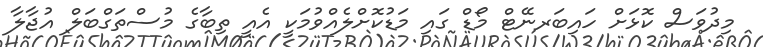
މިދުވަސް ކޮޅަށް ހައިބަރނޭޓް މޯޑް ގައި މަޑުކޮށްލެއްވުމަކީ އެއީ ތިބާގެ މުސްތަގްބަލް އުޖާލާ